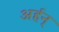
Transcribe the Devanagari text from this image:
अर्हन्